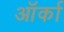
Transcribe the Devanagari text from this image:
ऑर्का